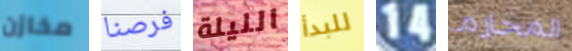
مخازن فرصنا الليلة للبدأ 14 المحارم